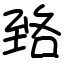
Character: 臵